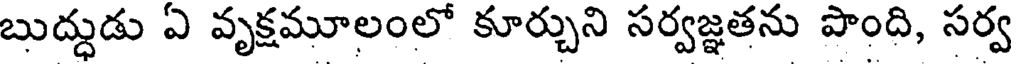
బుద్ధుడు ఏ వృక్షమూలంలో కూర్చుని సర్వజ్ఞతను పొంది, సర్వ